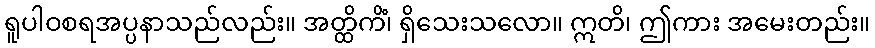
ရူပါဝစရအပ္ပနာသည်လည်း။ အတ္ထိကိံ၊ ရှိသေးသလော။ ဣတိ၊ ဤကား အမေးတည်း။